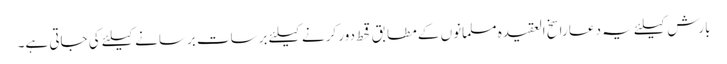
بارش کیلئے یہ دعا راسخ العقیدہ مسلمانوں کے مطابق قحط دور کرنے کیلئے برسات برسانے کیلئے کی جاتی ہے۔